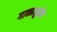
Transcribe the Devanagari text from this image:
गाकाशुईन